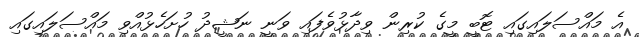
އެ މައްސަލައިގައި ޓޮބީ މީގެ ކުރިން ވިދާޅުވެފައި ވަނީ ނަޝީދު ހުށަހެޅުއްވި މައްސަލައިގައި